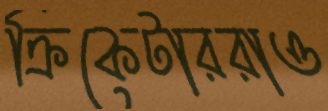
ক্রিকেটাররাও